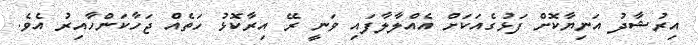
އިރުޝާދު އަނިޔާކޮށް ފަޅުގެއަކަށް އެއްލާލާފައި ވަނީ ރޭ އިރާކޮޅު ހަތެއް ޖަހާކަންހާއިރު އެވެ.